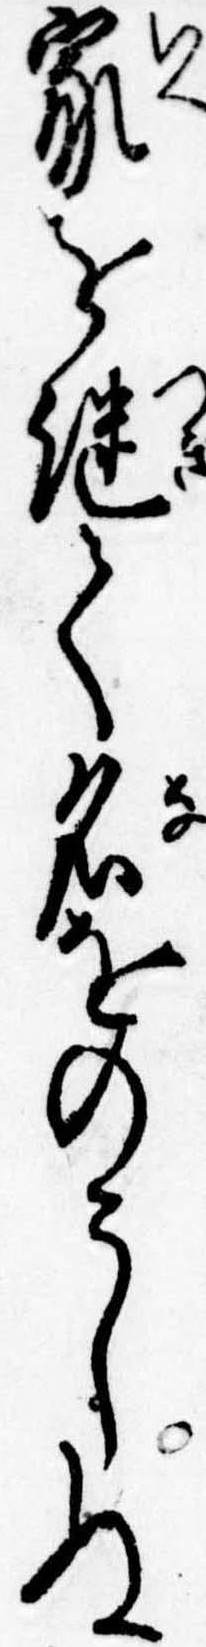
家を継て名をのこしぬ